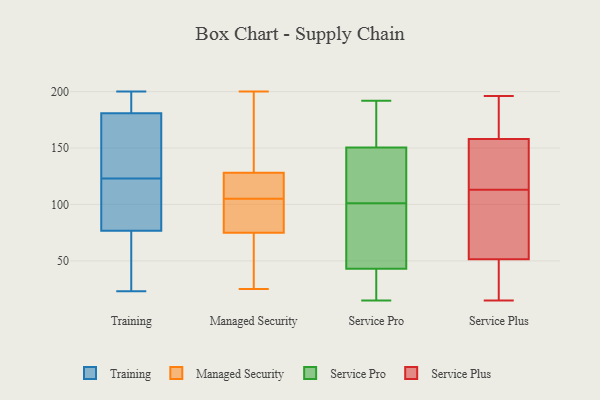
{"axis": {"x": "Backlog", "y": "Value"}, "legend": ["Managed Security", "Service Plus", "Service Pro", "Training"], "data": [{"x": "", "y": 23, "type": "Training"}, {"x": "", "y": 154, "type": "Training"}, {"x": "", "y": 188, "type": "Training"}, {"x": "", "y": 159, "type": "Training"}, {"x": "", "y": 31, "type": "Training"}, {"x": "", "y": 200, "type": "Training"}, {"x": "", "y": 197, "type": "Training"}, {"x": "", "y": 123, "type": "Training"}, {"x": "", "y": 112, "type": "Training"}, {"x": "", "y": 65, "type": "Training"}, {"x": "", "y": 119, "type": "Training"}, {"x": "", "y": 90, "type": "Managed Security"}, {"x": "", "y": 75, "type": "Managed Security"}, {"x": "", "y": 25, "type": "Managed Security"}, {"x": "", "y": 99, "type": "Managed Security"}, {"x": "", "y": 128, "type": "Managed Security"}, {"x": "", "y": 119, "type": "Managed Security"}, {"x": "", "y": 200, "type": "Managed Security"}, {"x": "", "y": 168, "type": "Managed Security"}, {"x": "", "y": 111, "type": "Managed Security"}, {"x": "", "y": 41, "type": "Managed Security"}, {"x": "", "y": 178, "type": "Managed Security"}, {"x": "", "y": 97, "type": "Managed Security"}, {"x": "", "y": 56, "type": "Managed Security"}, {"x": "", "y": 113, "type": "Managed Security"}, {"x": "", "y": 119, "type": "Service Pro"}, {"x": "", "y": 159, "type": "Service Pro"}, {"x": "", "y": 112, "type": "Service Pro"}, {"x": "", "y": 22, "type": "Service Pro"}, {"x": "", "y": 15, "type": "Service Pro"}, {"x": "", "y": 72, "type": "Service Pro"}, {"x": "", "y": 53, "type": "Service Pro"}, {"x": "", "y": 151, "type": "Service Pro"}, {"x": "", "y": 35, "type": "Service Pro"}, {"x": "", "y": 145, "type": "Service Pro"}, {"x": "", "y": 106, "type": "Service Pro"}, {"x": "", "y": 96, "type": "Service Pro"}, {"x": "", "y": 25, "type": "Service Pro"}, {"x": "", "y": 192, "type": "Service Pro"}, {"x": "", "y": 160, "type": "Service Pro"}, {"x": "", "y": 188, "type": "Service Pro"}, {"x": "", "y": 150, "type": "Service Pro"}, {"x": "", "y": 26, "type": "Service Pro"}, {"x": "", "y": 70, "type": "Service Pro"}, {"x": "", "y": 51, "type": "Service Pro"}, {"x": "", "y": 22, "type": "Service Plus"}, {"x": "", "y": 91, "type": "Service Plus"}, {"x": "", "y": 15, "type": "Service Plus"}, {"x": "", "y": 162, "type": "Service Plus"}, {"x": "", "y": 56, "type": "Service Plus"}, {"x": "", "y": 47, "type": "Service Plus"}, {"x": "", "y": 103, "type": "Service Plus"}, {"x": "", "y": 117, "type": "Service Plus"}, {"x": "", "y": 109, "type": "Service Plus"}, {"x": "", "y": 190, "type": "Service Plus"}, {"x": "", "y": 154, "type": "Service Plus"}, {"x": "", "y": 196, "type": "Service Plus"}, {"x": "", "y": 124, "type": "Service Plus"}, {"x": "", "y": 141, "type": "Service Plus"}, {"x": "", "y": 38, "type": "Service Plus"}, {"x": "", "y": 174, "type": "Service Plus"}]}